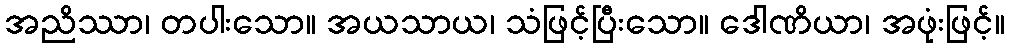
အညိဿာ၊ တပါးသော။ အယသာယ၊ သံဖြင့်ပြီးသော။ ဒေါဏိယာ၊ အဖုံးဖြင့်။